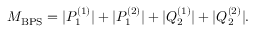
M _ { \mathrm { B P S } } = | P _ { 1 } ^ { ( 1 ) } | + | P _ { 1 } ^ { ( 2 ) } | + | Q _ { 2 } ^ { ( 1 ) } | + | Q _ { 2 } ^ { ( 2 ) } | .